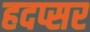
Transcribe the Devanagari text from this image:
हदप्सर